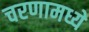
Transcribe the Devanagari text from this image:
चरणामध्ये